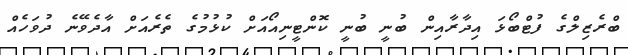
ބްރެޒިލްގެ ފުޓްބޯޅަ އިދާރާއިން ބުނީ ބުނީ ކޮންޓީނިއޯއަށް ކުޅުމުގެ ތެރެއަށް އާދެވޭނެ ދުވަހެއް